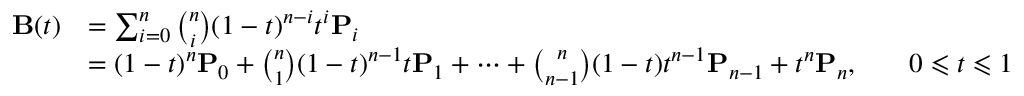
{ \begin{array} { r l r l } { \mathbf { B } ( t ) } & { = \sum _ { i = 0 } ^ { n } { \binom { n } { i } } ( 1 - t ) ^ { n - i } t ^ { i } \mathbf { P } _ { i } } \\ & { = ( 1 - t ) ^ { n } \mathbf { P } _ { 0 } + { \binom { n } { 1 } } ( 1 - t ) ^ { n - 1 } t \mathbf { P } _ { 1 } + \cdots + { \binom { n } { n - 1 } } ( 1 - t ) t ^ { n - 1 } \mathbf { P } _ { n - 1 } + t ^ { n } \mathbf { P } _ { n } , } & & { 0 \leqslant t \leqslant 1 } \end{array} }